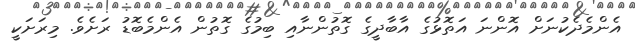
އެންމެދެކުނަށް އޮންނަ އަތޮޅުގެ އާބާދީގެ ގޮތުންނާއި ބިމުގެ ގޮތުން އެންމެބޮޑު ރަށެވެ. މިރަށަކީ